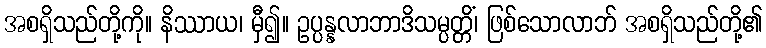
အစရှိသည်တို့ကို။ နိဿာယ၊ မှီ၍။ ဥပ္ပန္နလာဘာဒိသမ္ပတ္တိံ၊ ဖြစ်သောလာဘ် အစရှိသည်တို့၏